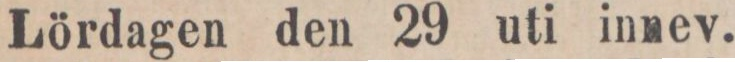
Lördagen den 29 uti innev.